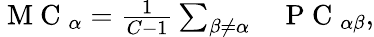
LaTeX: \begin{array}{rl}{\mathrm{~M~C~}_{\alpha}=\frac{1}{C-1}\sum_{\beta\neq\alpha}}&{{}\mathrm{~P~C~}_{\alpha\beta},}\end{array}